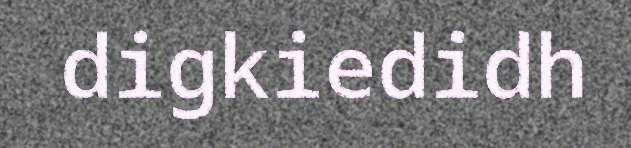
digkiedidh